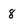
Character: 8